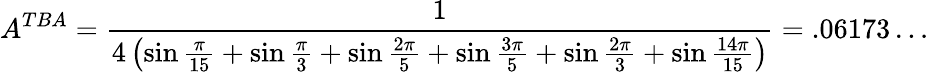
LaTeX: A^{TBA}=\frac{1}{4\left(\sin\frac{\pi}{15}+\sin\frac{\pi}{3}+\sin\frac{2\pi}{5}+\sin\frac{3\pi}{5}+\sin\frac{2\pi}{3}+\sin\frac{14\pi}{15}\right)}=.06173\ldots